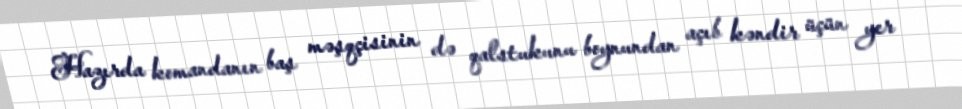
Hazırda komandanın baş məşqçisinin də qalstukunu boynundan açıb kəndir üçün yer